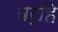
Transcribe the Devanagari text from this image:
बर्हि